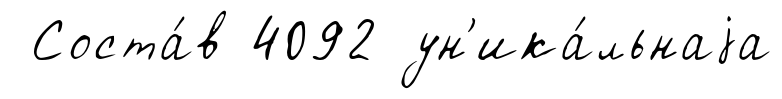
Соста́в 4092 ун'ика́льнаjа